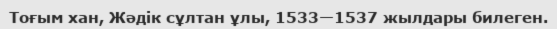
Тоғым хан, Жәдік сұлтан ұлы, 1533—1537 жылдары билеген.